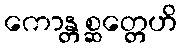
ကောန္တစ္ဆတ္တေဟိ